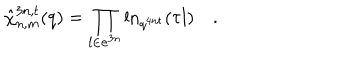
\hat { \chi } _ { n , m } ^ { 3 n , t } ( q ) = \prod _ { l \in { \bf e } ^ { 3 n } } \ln _ { q ^ { 4 n t } } ( \tau l ) \quad . \quad